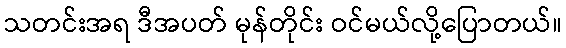
သတင်းအရ ဒီအပတ် မုန်တိုင်း ဝင်မယ်လို့ပြောတယ်။